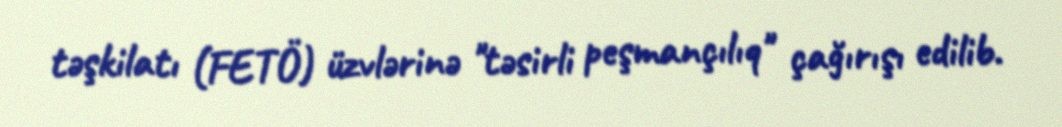
təşkilatı (FETÖ) üzvlərinə "təsirli peşmançılıq" çağırışı edilib.